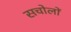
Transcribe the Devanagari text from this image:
सचोलों